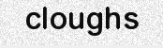
cloughs